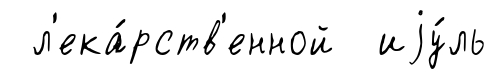
л'ека́рств'енной иjу́ль